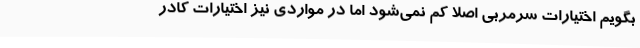
بگویم اختیارات سرمربی اصلا کم نمی‌شود اما در مواردی نیز اختیارات کادر